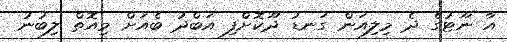
އާ ނޫޓުގެ ދެ މިލިއަން ގަނޑު ދޫކޮށްފި އަބްދު ބެއަށް މިއޮތް ލިބުނު